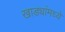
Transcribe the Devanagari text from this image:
खाड्यांमध्ये